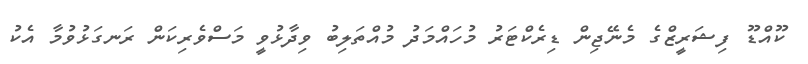
ކޫއްޑޫ ފިޝަރީޒްގެ މެނޭޖިން ޑިރެކްޓަރު މުހައްމަދު މުއްތަލިބު ވިދާޅުވީ މަސްވެރިކަން ރަނގަޅުވުމާ އެކު